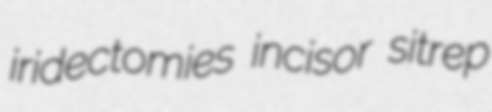
iridectomies incisor sitrep